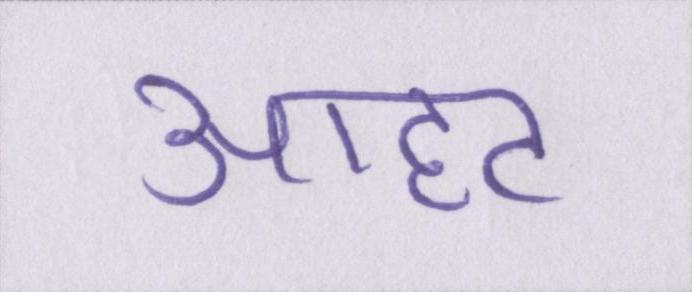
आहट